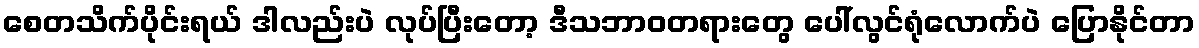
စေတသိက်ပိုင်းရယ် ဒါလည်းပဲ လုပ်ပြီးတော့ ဒီသဘာဝတရားတွေ ပေါ်လွင်ရုံလောက်ပဲ ပြောနိုင်တာ